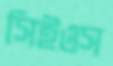
সিইওস